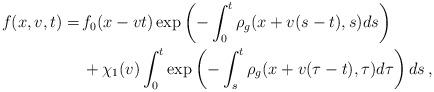
LaTeX: \begin{align*} f(x,v,t) =\,& f_0(x-vt)\exp\left( -\int_0^t \rho_g(x+v(s-t),s)ds\right) \\ & + \chi_1(v) \int_0^t \exp\left( -\int_s^t \rho_g(x+v(\tau-t),\tau)d\tau\right)ds \,,\end{align*}